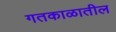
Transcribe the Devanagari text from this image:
गतकाळातील